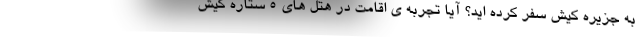
به جزیره کیش سفر کرده اید؟ آیا تجربه ی اقامت در هتل های 5 ستاره کیش